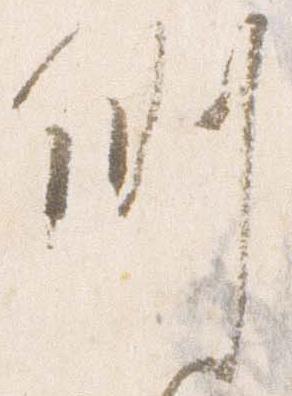
例